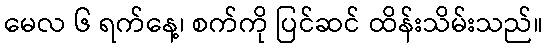
မေလ ၆ ရက်နေ့၊ စက်ကို ပြင်ဆင် ထိန်းသိမ်းသည်။